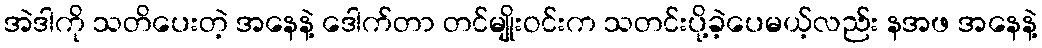
အဲဒါကို သတိပေးတဲ့ အနေနဲ့ ဒေါက်တာ တင်မျိုးဝင်းက သတင်းပို့ခဲ့ပေမယ့်လည်း နအဖ အနေနဲ့